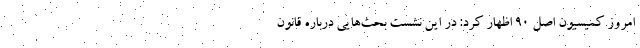
امروز کمیسیون اصل ۹۰ اظهار کرد: در این نشست بحث‌هایی درباره قانون